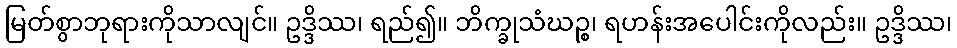
မြတ်စွာဘုရားကိုသာလျင်။ ဥဒ္ဒိဿ၊ ရည်၍။ ဘိက္ခုသံဃဉ္စ၊ ရဟန်းအပေါင်းကိုလည်း။ ဥဒ္ဒိဿ၊